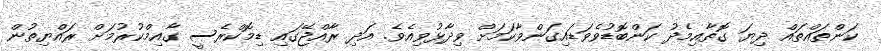
ކަންތައްތައް ދިޔަ ގޮތާއިމެދު ކަންބޮޑުވެވަޑައިގަންވާކަމަށް ވިދާޅުވިއެވެ. އަދި ރާއްޖޭގައި ޑިމޮކްރެސީ ގާއިމްކުރުމަށް ރައްޔިތުން